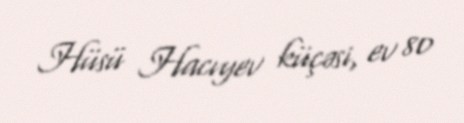
Hüsü Hacıyev küçəsi, ev 80